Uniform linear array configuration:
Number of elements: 48
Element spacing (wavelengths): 1
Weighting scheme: hamming
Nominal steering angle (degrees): -60
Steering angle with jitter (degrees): -59.335
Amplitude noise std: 0.05
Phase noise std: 0.05

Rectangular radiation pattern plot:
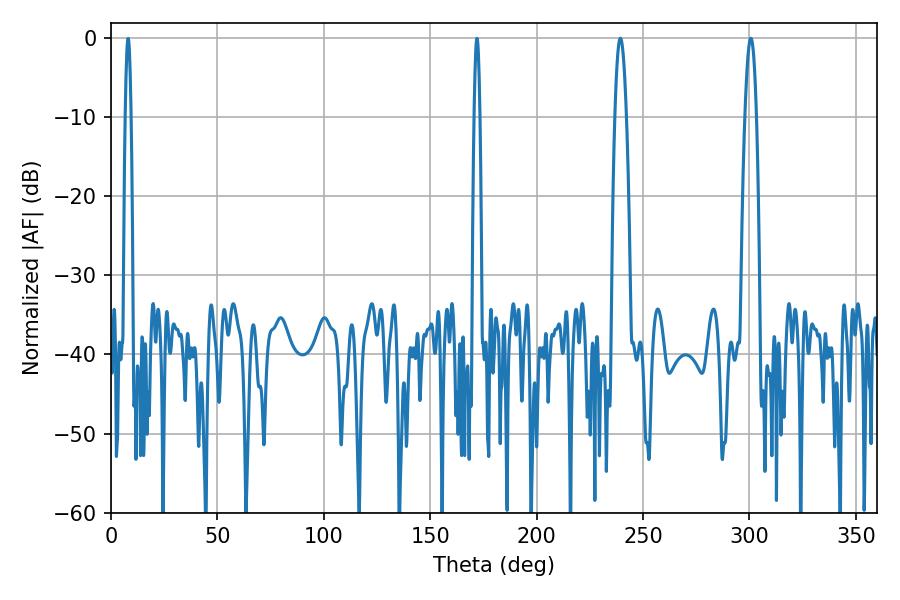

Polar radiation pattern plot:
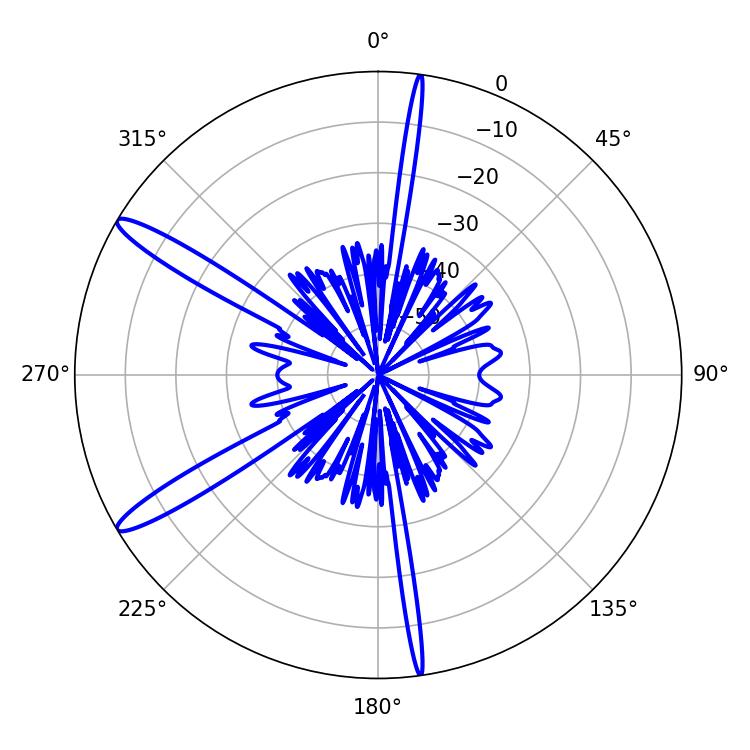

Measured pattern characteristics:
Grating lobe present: TRUE
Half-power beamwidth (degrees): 2.88
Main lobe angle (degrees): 300.6